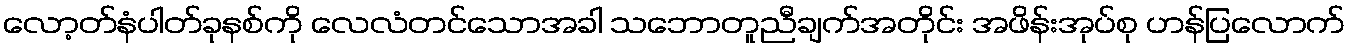
လော့တ်နံပါတ်ခုနစ်ကို လေလံတင်သောအခါ သဘောတူညီချက်အတိုင်း အဖိန်းအုပ်စု ဟန်ပြလောက်